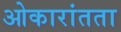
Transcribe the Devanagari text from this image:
ओकारांतता